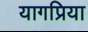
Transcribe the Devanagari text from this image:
यागप्रिया